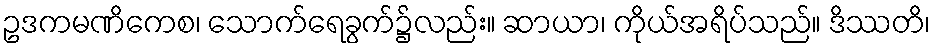
ဥဒကမဏိကေစ၊ သောက်ရေခွက်၌လည်း။ ဆာယာ၊ ကိုယ်အရိပ်သည်။ ဒိဿတိ၊